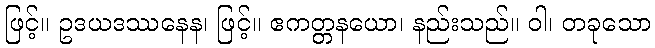
ဖြင့်။ ဥဒယဒဿနေန၊ ဖြင့်။ ဧကတ္တနယော၊ နည်းသည်။ ဝါ၊ တခုသော